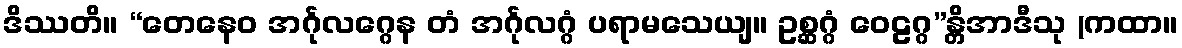
ဒိဿတိ။ “တေနေဝ အင်္ဂုလဂ္ဂေန တံ အင်္ဂုလဂ္ဂံ ပရာမသေယျ။ ဥစ္ဆဂ္ဂံ ဝေဠဂ္ဂ”န္တိအာဒီသု (ကထာ။